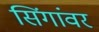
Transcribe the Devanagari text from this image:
सिंगांवर